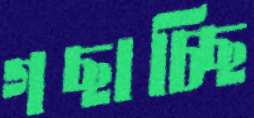
গছাচ্ছি